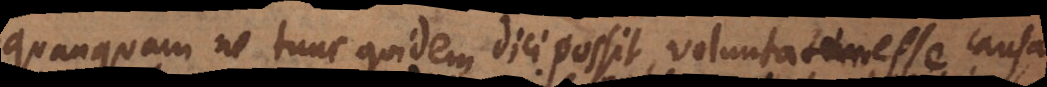
quanquam ne tunc quidem dici possit, voluntatem esse causam